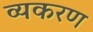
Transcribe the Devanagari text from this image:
व्यकरण